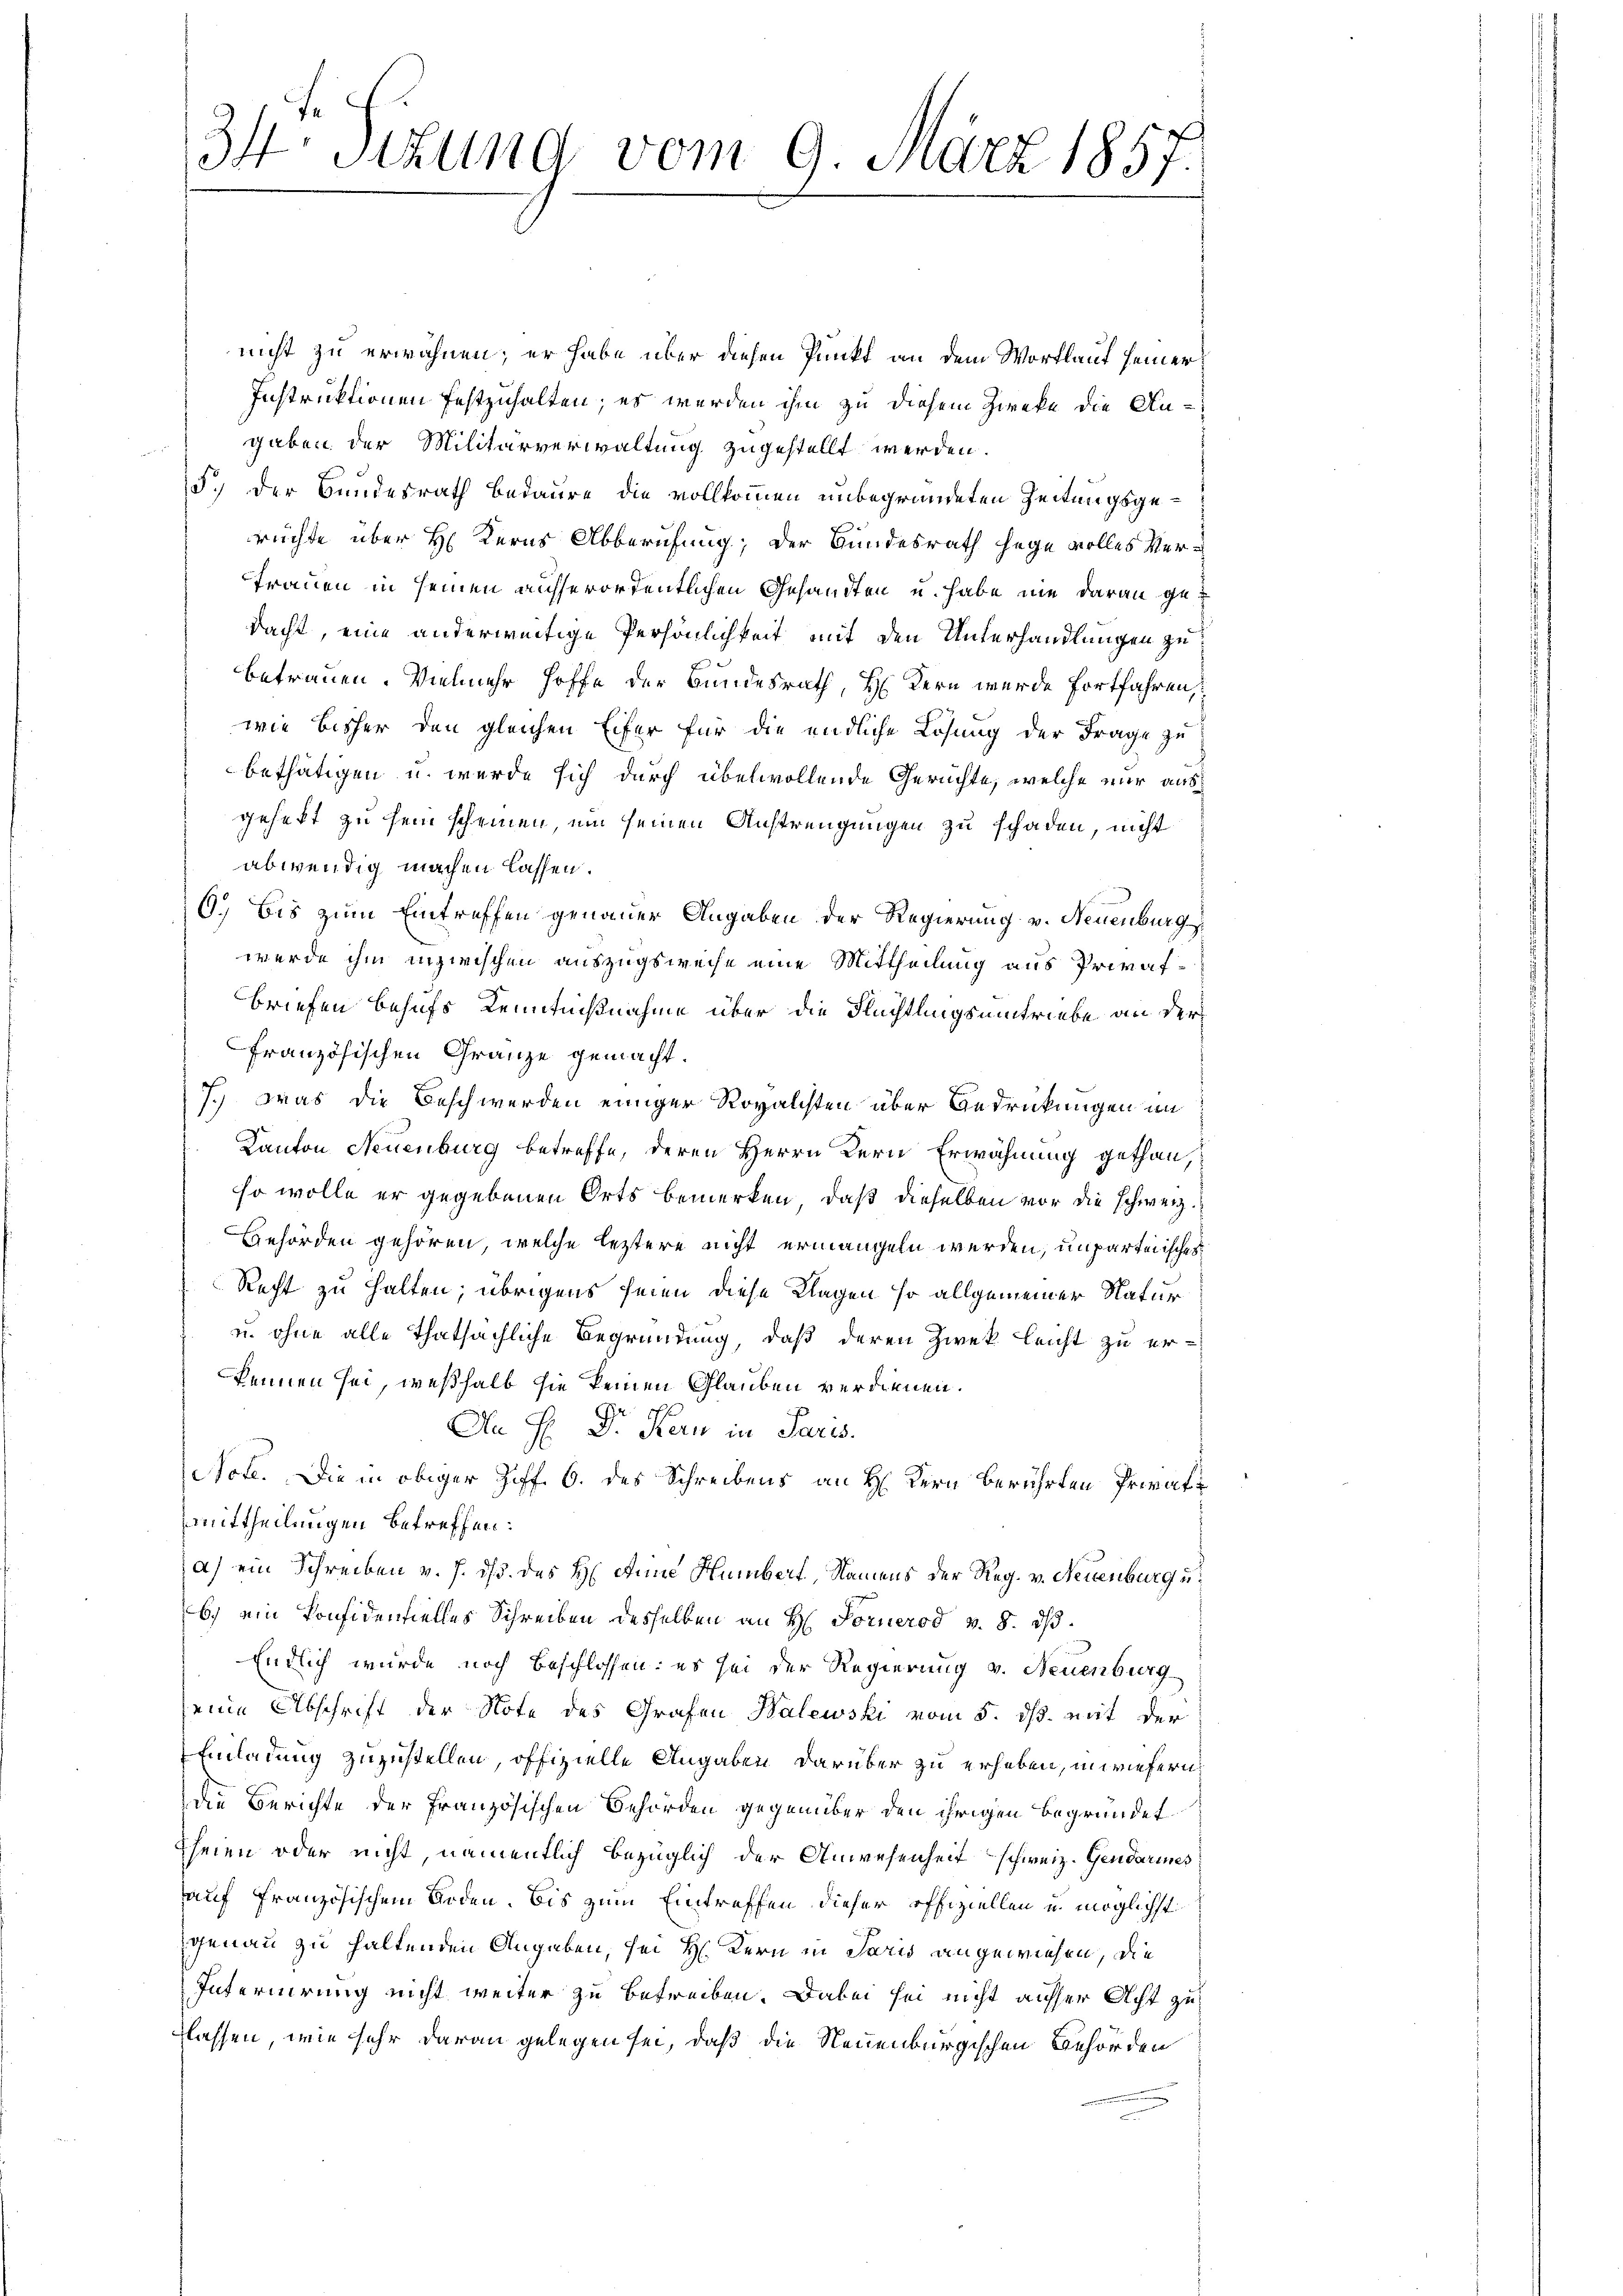
34 Sitzung vom 9. März 1857.
1

nicht zu erwähnen; er habe über diesen Punkt an dem Wortlauf seiner
Instruktionen festzuhalten; er werden ihm zu diesem Zwecke die An-
gaben der Militärverwaltung zugestellt werden.
5.) Der Bundesrath Bedaure die vollkommen unbegründeten Zeitungsgerüchte über H. Kerns Abberufung; der Hundesrath hege volles Ver¬
Trauen in seinen aufserordentlichen Gesandten u. habe nie daran gedacht, eine anderweitige Persönlichkeit mit den Unterhandlungen zu
betrauen. Vielmehr hoffe der Bundesrath, H. Kern werde fortfahren,
wie bisher den gleichen Eifer für die endliche Lösung der Frage zu
bethätigen u. wurde sich durch übelwollende Gerichte, welche nur aus
gehett zu sein scheinen, um seinen Anstrengungen zu schaden, nicht
abwendig machen lassen.
6.) Bis zum Eintreffen genauer Angaben der Regierung v. Neuenburg
werde ihm inzwischen auszugsweise eine Mittheilung aus Privat¬
Briefen behufs Kenntnißnahme über die Flüchtlingsumtriebe an der
französischen Gränze gemacht.
7.) Was die Beschwerden einiger Rovalisten über Bedrückungen im
Kanton Neuenburg betreffe, deren Herrn Kern Erwähnung gethan,
so wolle er gegebenen Orts bemerken, daß dieselben vor die schweiz.
Behörden gehören, welche leztere nicht ermangeln werden, unparteiisches
Recht zu halten; übrigens seien diese Klagen so allgemeiner Natur
u. ohne alle Thatsächliche Begründung, daß deren Zwek leicht zu erkennen sei, weßhalb sie keinen Glauben verdienen.
Da H: Dr. Kern in Paris.
Note. Die in obiger Ziff. 6. des Schreibens an H. Kern berührten Privatt
mittheilungen betreffen:
a) ein Schreiben v. J. ds. des H. Anne Humbert, Namens der Reg. v. Neuenburgeb.) ein Ponfidentielles Schreiben desselben an H. Fornerod v. 8. ds.
Endlich wurde noch beschlossen: es sei der Regierung v. Neuenburg
seine Abschrift der Note des Grafen Balewski vom 5. ds. mit der
Einladung zuzustellen, offizielle Angaben darüber zu erheben, inwiefern
die Berichte der französischen Behörden gegenüber den ihrigen Begründet
heien oder nicht, namentlich bezüglich der Anwesenheit schweiz. Gendarmes
auf französischem Boden. Bis zum Eintreffen dieser offiziellen u. möglichst
genau zu haltenden Angaben, sei Hr. Kern in Paris angewiesen, die
Internirung nicht weiter zu betreiben. Dabei sei nicht ausser Acht zu
lassen, wie sehr daran gelegen sei, daß die Neuenburgischen Behörden